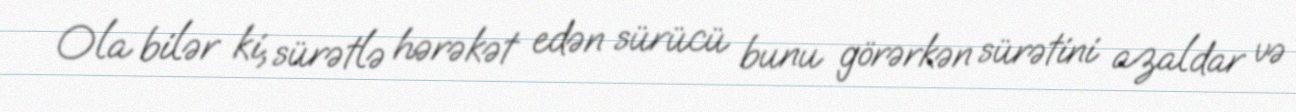
Ola bilər ki, sürətlə hərəkət edən sürücü bunu görərkən sürətini azaldar və